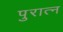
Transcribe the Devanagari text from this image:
पुरात्न